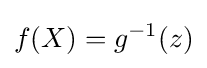
f(X)=g^{-1}(z)